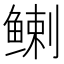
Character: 𬶟